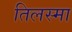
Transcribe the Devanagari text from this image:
तिलस्मा